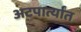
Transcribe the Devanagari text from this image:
अटपार्त्यांत